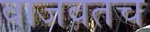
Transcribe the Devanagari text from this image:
वाजवतच